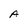
Character: A